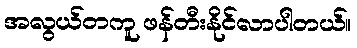
အလွယ်တကူ ဖန်တီးနိုင်လာပါတယ်။